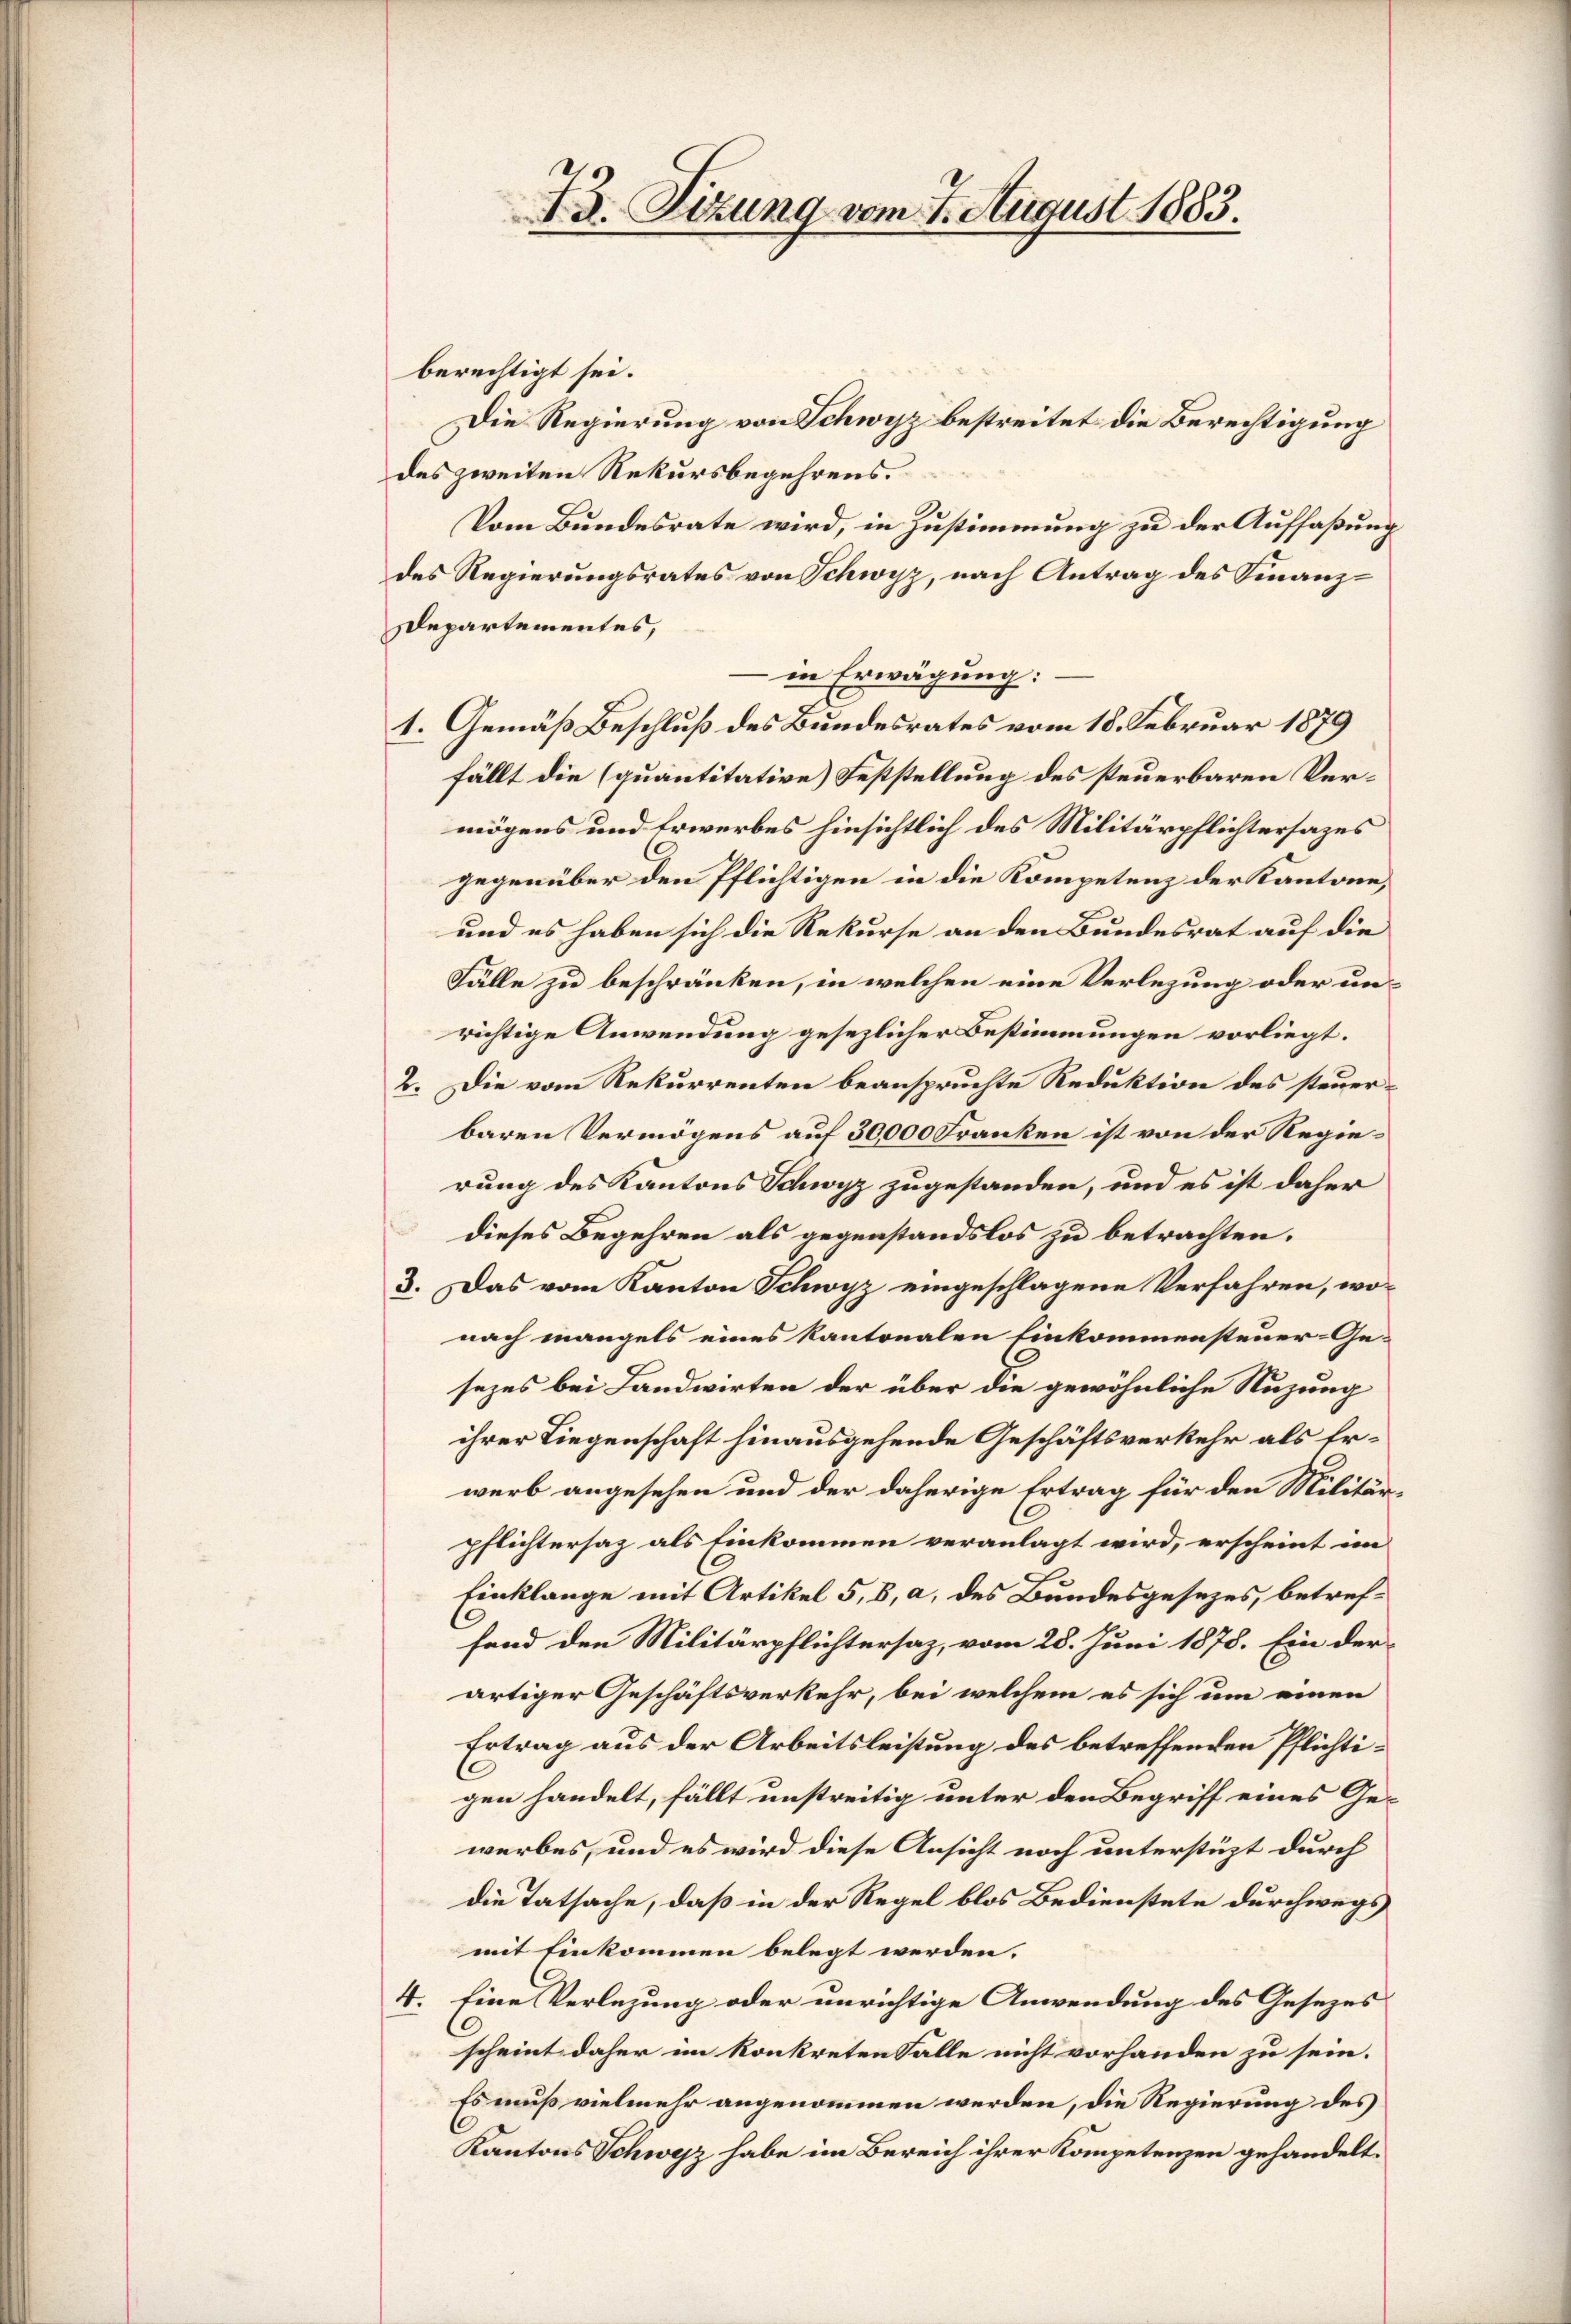
I3. Sitzung vom 7. August 1883.

berechtigt sei.
Die Regierung von Schwyz bestreitet die Berechtigung
des zweiten Rekursbegehrens.
Vom Bundesrate wird, in Zustimmung zu der Auffaßung
des Regierungsrates von Schwyz, nach Antrag des Finanz¬
Departementes,
in Erwägung:
1. Gemäß Beschluß des Bundesrates vom 18. Februar 1879
fällt die (quantitative Feststellung des steuerbaren Vermögens und Erwerbes hinsichtlich des Militärpflichtersazes
gegenüber den Pflichtigen in die Kompetenz der Kantone,
und es haben sich die Rekurse an den Bundesrat auf die
Fälle zu beschränken, in welchen eine Verlegung oder unrichtige Anwendung gesezlicher Bestimmungen vorliegt.
2. Die vom Rekurrenten beanspruchte Reduktion des steuerbaren Vermögens auf 30,000 Franken ist von der Regierung des Kantons Schwyz zugestanden, und es ist daher
dieses Begehren als gegenstandslos zu betrachten.
3. Das vom Kanton Schwyz eingeschlagene Verfahren, wonach mangels eines kantonalen Einkommensteuer-Ge-
sezes bei Landwirten der über die gewöhnliche Nuzung
ihrer Liegenschaft hinausgehende Geschäftsverkehr als Erwerb angesehen und der daherige Ertrag für den Militärpflichtersaz als Einkommen veranlagt wird, erscheint im
Einklange mit Artikel 5, 8, a, des Bundesgesezes, betreffend den Militärpflichtersaz, vom 28. Juni 1878. Ein der
artiger Geschäftsverkehr, bei welchem es sich um einen
Ertrag aus der Arbeitsleistung des betreffenden Pflichtigen handelt, fällt unstreitig unter den Begriff eines Gewerbes, und es wird diese Ansicht noch unterstüzt durch
die Tatsache, daß in der Regel blos Bedienstete durchwegs
mit Einkommen belegt werden.
4. Eine Verlegung oder unrichtige Anwendung des Gesezes
scheint daher im konkreten Falle nicht vorhanden zu sein.
Es muß vielmehr angenommen werden, die Regierung des
Kantons Schwyz habe im Bereich ihrer Kompetenzen gehandelt.